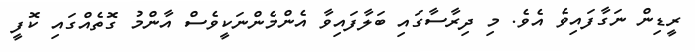
ރީޑިން ނަގާފައިވެ އެވެ. މި ދިރާސާގައި ބަލާފައިވާ އެންމެންނަކީވެސް އާންމު ގޮތެއްގައި ކޮފީ